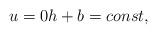
LaTeX: \begin{align*} u=0 h+b=const,\end{align*}